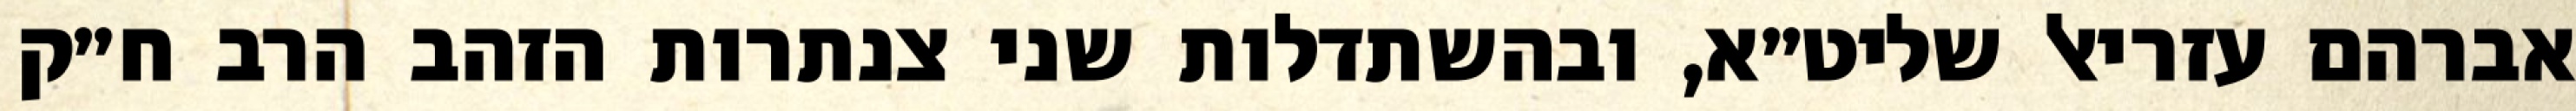
אברהם עזריאל שליט״א, ובהשתדלות שני צנתרות הזהב הרב ח״ק